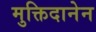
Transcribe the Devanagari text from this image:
मुक्तिदानेन